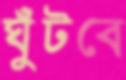
ঘুঁটবে